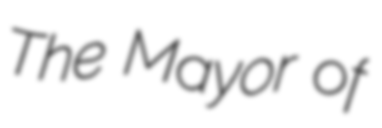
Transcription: The Mayor of